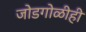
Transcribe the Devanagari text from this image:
जोडगोळीही